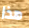
هذا